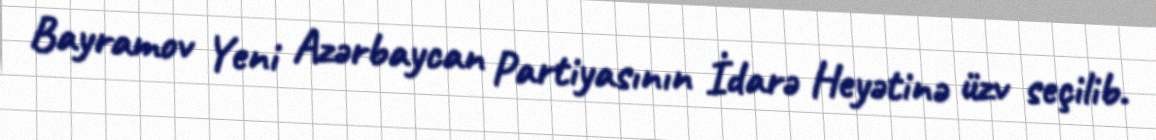
Bayramov Yeni Azərbaycan Partiyasının İdarə Heyətinə üzv seçilib.